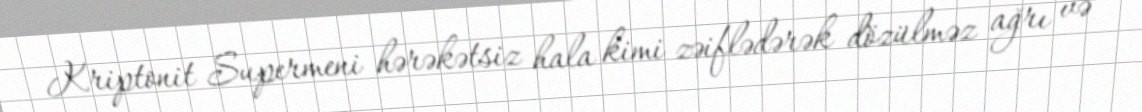
Kriptonit Supermeni hərəkətsiz hala kimi zəiflədərək dözülməz ağrı və